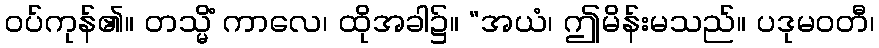
ဝပ်ကုန်၏။ တသ္မိံ ကာလေ၊ ထိုအခါ၌။ “အယံ၊ ဤမိန်းမသည်။ ပဒုမဝတီ၊